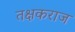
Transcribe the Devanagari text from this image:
तक्षकराज